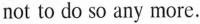
not to do so any more.